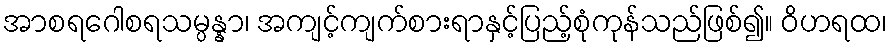
အာစရဂေါစရသမ္ပန္နာ၊ အကျင့်ကျက်စားရာနှင့်ပြည့်စုံကုန်သည်ဖြစ်၍။ ဝိဟရထ၊